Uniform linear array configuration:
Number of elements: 24
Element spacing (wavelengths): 0.5
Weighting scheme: binomial
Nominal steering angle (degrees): -30
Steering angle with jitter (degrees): -29.47
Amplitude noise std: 0.05
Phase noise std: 0.05

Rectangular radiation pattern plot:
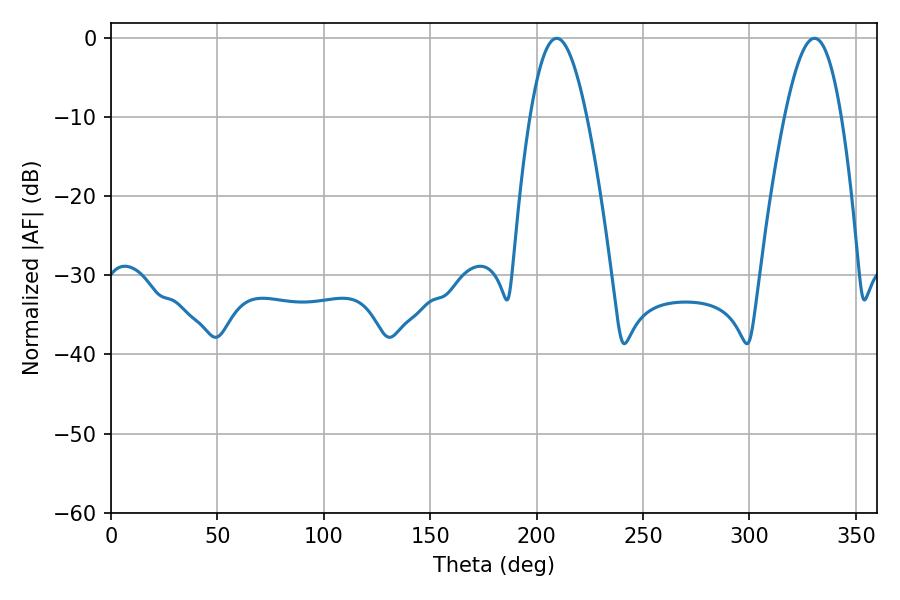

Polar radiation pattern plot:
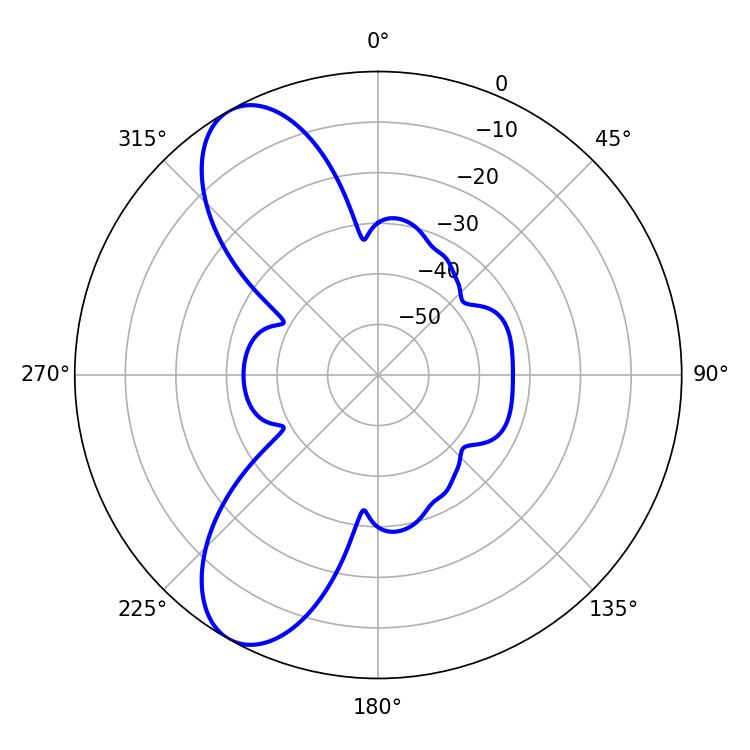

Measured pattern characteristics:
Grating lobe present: FALSE
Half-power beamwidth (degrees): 14.4
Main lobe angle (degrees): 209.34